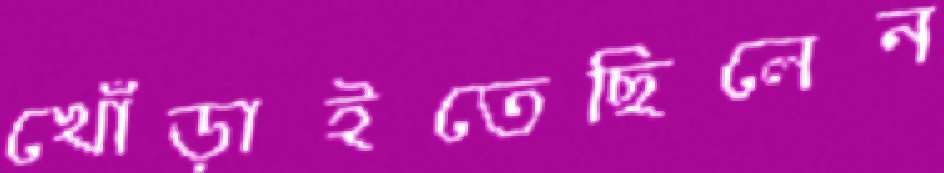
খোঁড়াইতেছিলেন